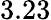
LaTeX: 3.23